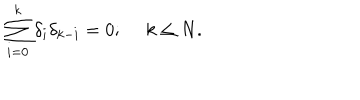
LaTeX: \sum _ { i = 0 } ^ { k } \delta _ { i } \delta _ { k - i } = 0 ; \ k \leq N .